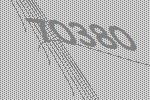
70380